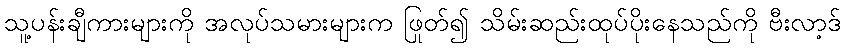
သူ့ပန်းချီကားများကို အလုပ်သမားများက ဖြုတ်၍ သိမ်းဆည်းထုပ်ပိုးနေသည်ကို ဗီးလာ့ဒ်